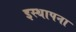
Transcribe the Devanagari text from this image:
इस्थापना